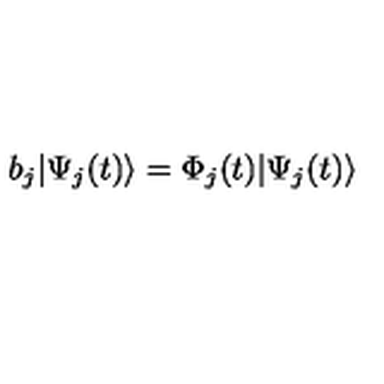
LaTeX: b _ { j } | \Psi _ { j } ( t ) \rangle = \Phi _ { j } ( t ) | \Psi _ { j } ( t ) \rangle